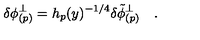
\delta \phi _ { ( p ) } ^ { \perp } = h _ { p } ( y ) ^ { - 1 / 4 } \delta { \tilde { \phi } } _ { ( p ) } ^ { \perp } \quad .